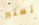
تعتبر